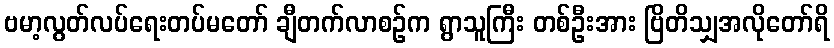
ဗမာ့လွတ်လပ်ရေးတပ်မတော် ချီတက်လာစဉ်က ရွာသူကြီး တစ်ဦးအား ဗြိတိသျှအလိုတော်ရိ